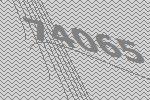
74065